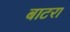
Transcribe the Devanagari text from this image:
बाटरा